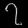
Digit: ၇